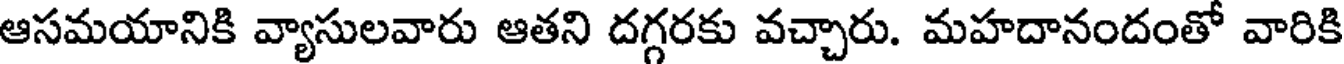
ఆసమయానికి వ్యాసులవారు ఆతని దగ్గరకు వచ్చారు. మహదానందంతో వారికి